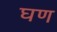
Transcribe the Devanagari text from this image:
घण